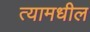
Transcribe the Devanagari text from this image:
त्‍यामधील